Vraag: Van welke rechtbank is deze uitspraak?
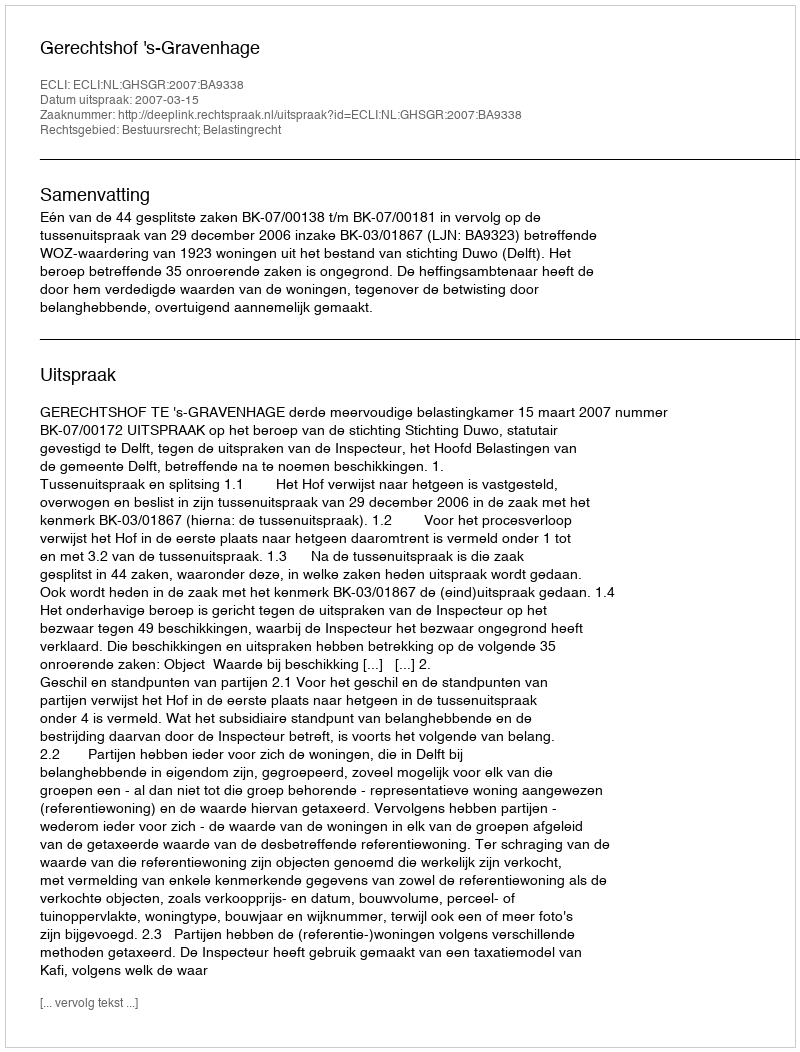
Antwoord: Gerechtshof 's-Gravenhage